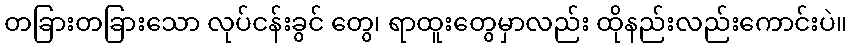
တခြားတခြားသော လုပ်ငန်းခွင် တွေ၊ ရာထူးတွေမှာလည်း ထိုနည်းလည်းကောင်းပဲ။